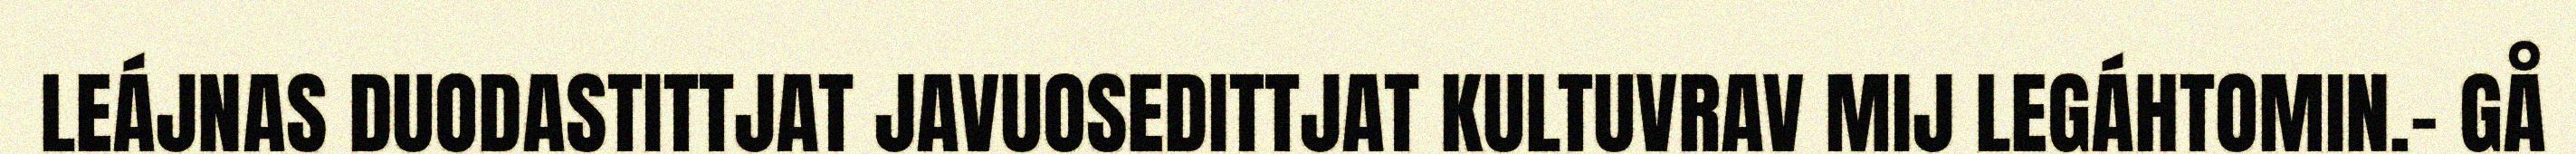
LEÁJNAS DUODASTITTJAT JAVUOSEDITTJAT KULTUVRAV MIJ LEGÁHTOMIN.- GÅ